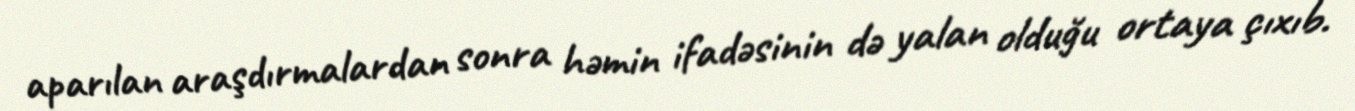
aparılan araşdırmalardan sonra həmin ifadəsinin də yalan olduğu ortaya çıxıb.